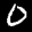
Label: 0